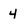
Character: 4